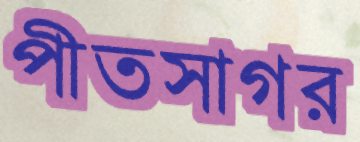
পীতসাগর